Annual report on the Civil Veterinary Department, Burma (including the Insein Veterinary School) - 1910-1922
Year: 1910
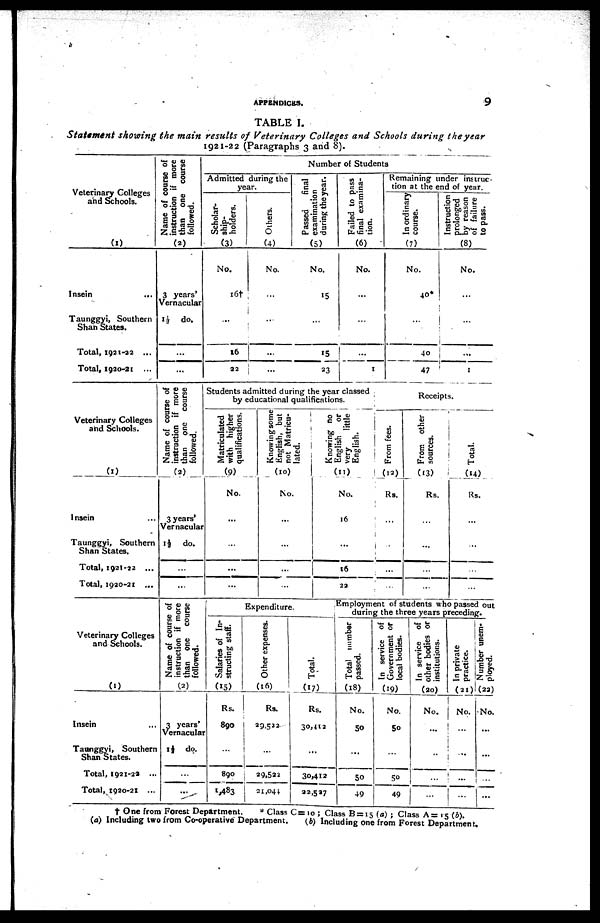
APPENDICES.
9
TABLE I.
Statement showing the main results of Veterinary Colleges and Schools during the year
1921-22 (Paragraphs 3 and 8).
Veterinary Colleges
and Schools.
(1)
Insein
...
Taunggyi, Southern
Shah States.
Total, 1921-22 ...
Total, 1920-21 ...
Name of course of
instruction if more
than one course
followed.
(2)
3 years'
Vernacular
1½ do.
...
...
Number of Students
Admitted during the
year.
Scholar-
ship-
holders.
(3)
No.
16†
...
16
22
Others.
(4)
No.
...
...
...
...
Passed
final
examination
during the year.
(5)
No.
15
...
15
23
Failed to pass
final examina-
tion.
(6)
No.
...
...
...
1
Remaining under instruc-
tion at the end of year.
In ordinary
course.
(7)
No.
40*
...
4o
47
Instruction
prolonged
by reason
of failure
to pass.
(8)
No.
...
...
...
1
Veterinary Colleges
and Schools.
(1)
Insein ...
Taunggyi, Southern
Shan States.
Total, 1921-22 ...
Total, 1920-21 ...
Name of course of
instruction if more
than one course
followed.
(2)
3 years'
Vernacular
1½ do.
...
...
Students admitted during the year classed
by educational qualifications.
Matriculated
with higher
qualifications.
(9)
No.
...
...
...
...
Knowing some
English, but
not Matricu-
lated.
(10)
No.
...
...
...
...
Knowing no
English or
very
little
English.
(11)
No.
16
...
16
22
Receipts.
From fees.
(12)
Rs.
...
...
...
...
From other
sources.
(13)
Rs.
...
...
...
...
Total.
(14)
Rs.
...
...
...
...
Veterinary Colleges
and Schools.
(0
Insein ...
Taunggyi, Southern
Shan States.
Total, 1921-22 ...
Total, 1920-21 ...
Name of course of
instruction if more
than one course
followed.
(2)
3 years'
Vernacular
1½ do.
...
...
Expenditure.
Salaries of In-
structing staff.
(15)
Rs.
890
...
890
1,483
Other expenses.
(16)
Rs.
29,522
...
29,522
21,044
Total.
(17)
Rs.
30,412
...
30,412
22,527
Employment of students who passed out
during the three years preceding.
Total number
passed.
(18)
No.
50
...
50
49
In service of
Government or
local bodies.
(19)
No.
50
...
50
49
In service of
other bodies or
institutions.
(20)
No.
...
...
...
...
In private
practice.
(21)
No.
...
...
...
...
Number unem-
ployed.
(22)
No.
...
...
...
...
† One from Forest Department.
* Class C= 10 ; Class B = 15 (a) ; Class A = 15 (b).
(a) Including two from Co-operative Department.
(b) Including one from Forest Department,